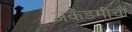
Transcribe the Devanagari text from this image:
अकॅडमीची